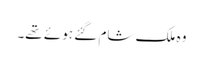
وہ ملک شام گئے ہوئے تھے۔